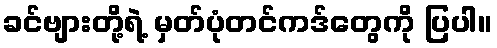
ခင်ဗျားတို့ရဲ့ မှတ်ပုံတင်ကဒ်တွေကို ပြပါ။